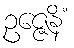
ဥဇ္ဇေနိံ